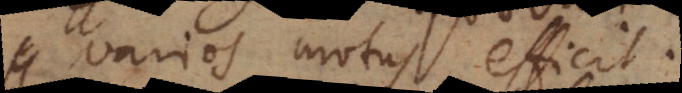
varios motus efficit.